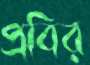
প্রবির